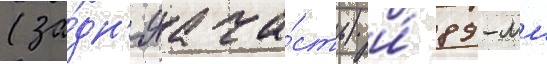
(за́дн'яа ча́сть) и́ 89-мм